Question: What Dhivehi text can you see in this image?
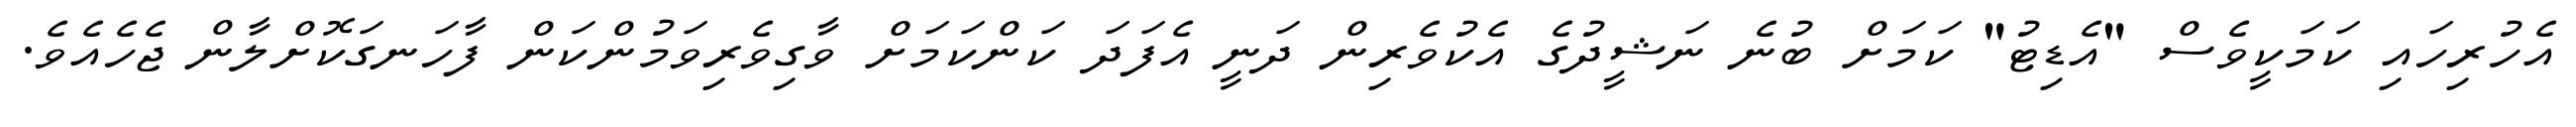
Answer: އެހުރިހައި ކަމަކީވެސް "އެޑިޓު" ކަމަށް ބުނެ ނަޝީދުގެ އެކުވެރިން ދަނީ އެފަދަ ކަންކަމަށް ވާގިވެރިވަމުންކަން ފާހަނގަކޮށްލާން ޖެހެއެވެ.